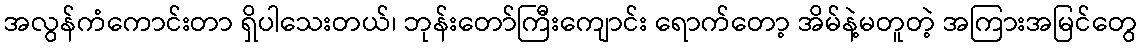
အလွန်ကံကောင်းတာ ရှိပါသေးတယ်၊ ဘုန်းတော်ကြီးကျောင်း ရောက်တော့ အိမ်နဲ့မတူတဲ့ အကြားအမြင်တွေ